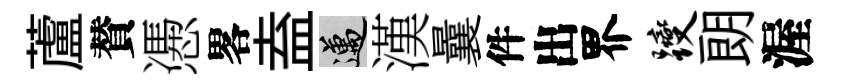
蘆賛慿畧盍邁漢曩件出界躞朗渥